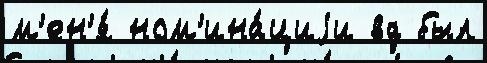
м'ен'я́ ном'ина́циjи вд был